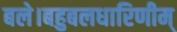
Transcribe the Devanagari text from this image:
बले।बहुबलधारिणीम्